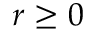
r \geq 0